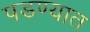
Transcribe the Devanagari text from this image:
पडण्यात